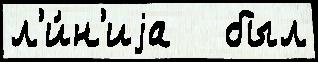
л'и́н'иjа   был